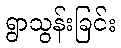
ရွာသွန်းခြင်း